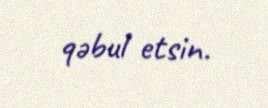
qəbul etsin.